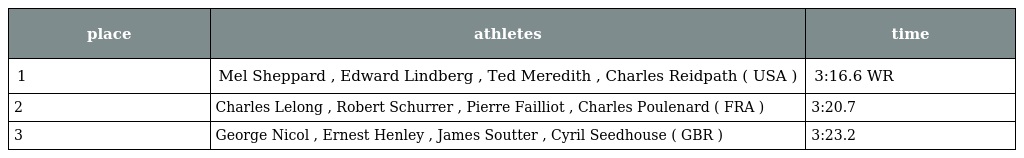
| place | athletes | time |
 | --- | --- | --- |
 | 1 | Mel Sheppard , Edward Lindberg , Ted Meredith , Charles Reidpath ( USA ) | 3:16.6 WR |
 | 2 | Charles Lelong , Robert Schurrer , Pierre Failliot , Charles Poulenard ( FRA ) | 3:20.7 |
 | 3 | George Nicol , Ernest Henley , James Soutter , Cyril Seedhouse ( GBR ) | 3:23.2 |